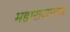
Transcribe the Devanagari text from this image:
महाराजागण